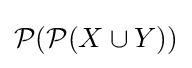
{\mathcal {P}}({\mathcal {P}}(X\cup Y))